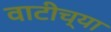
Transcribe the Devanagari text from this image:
वाटीच्या